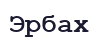
Эрбах